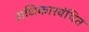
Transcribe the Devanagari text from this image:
अधिकारवंचित